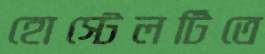
হোস্টেলটিতে